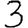
Digit: 3